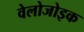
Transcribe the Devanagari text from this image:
वेलोजोइक